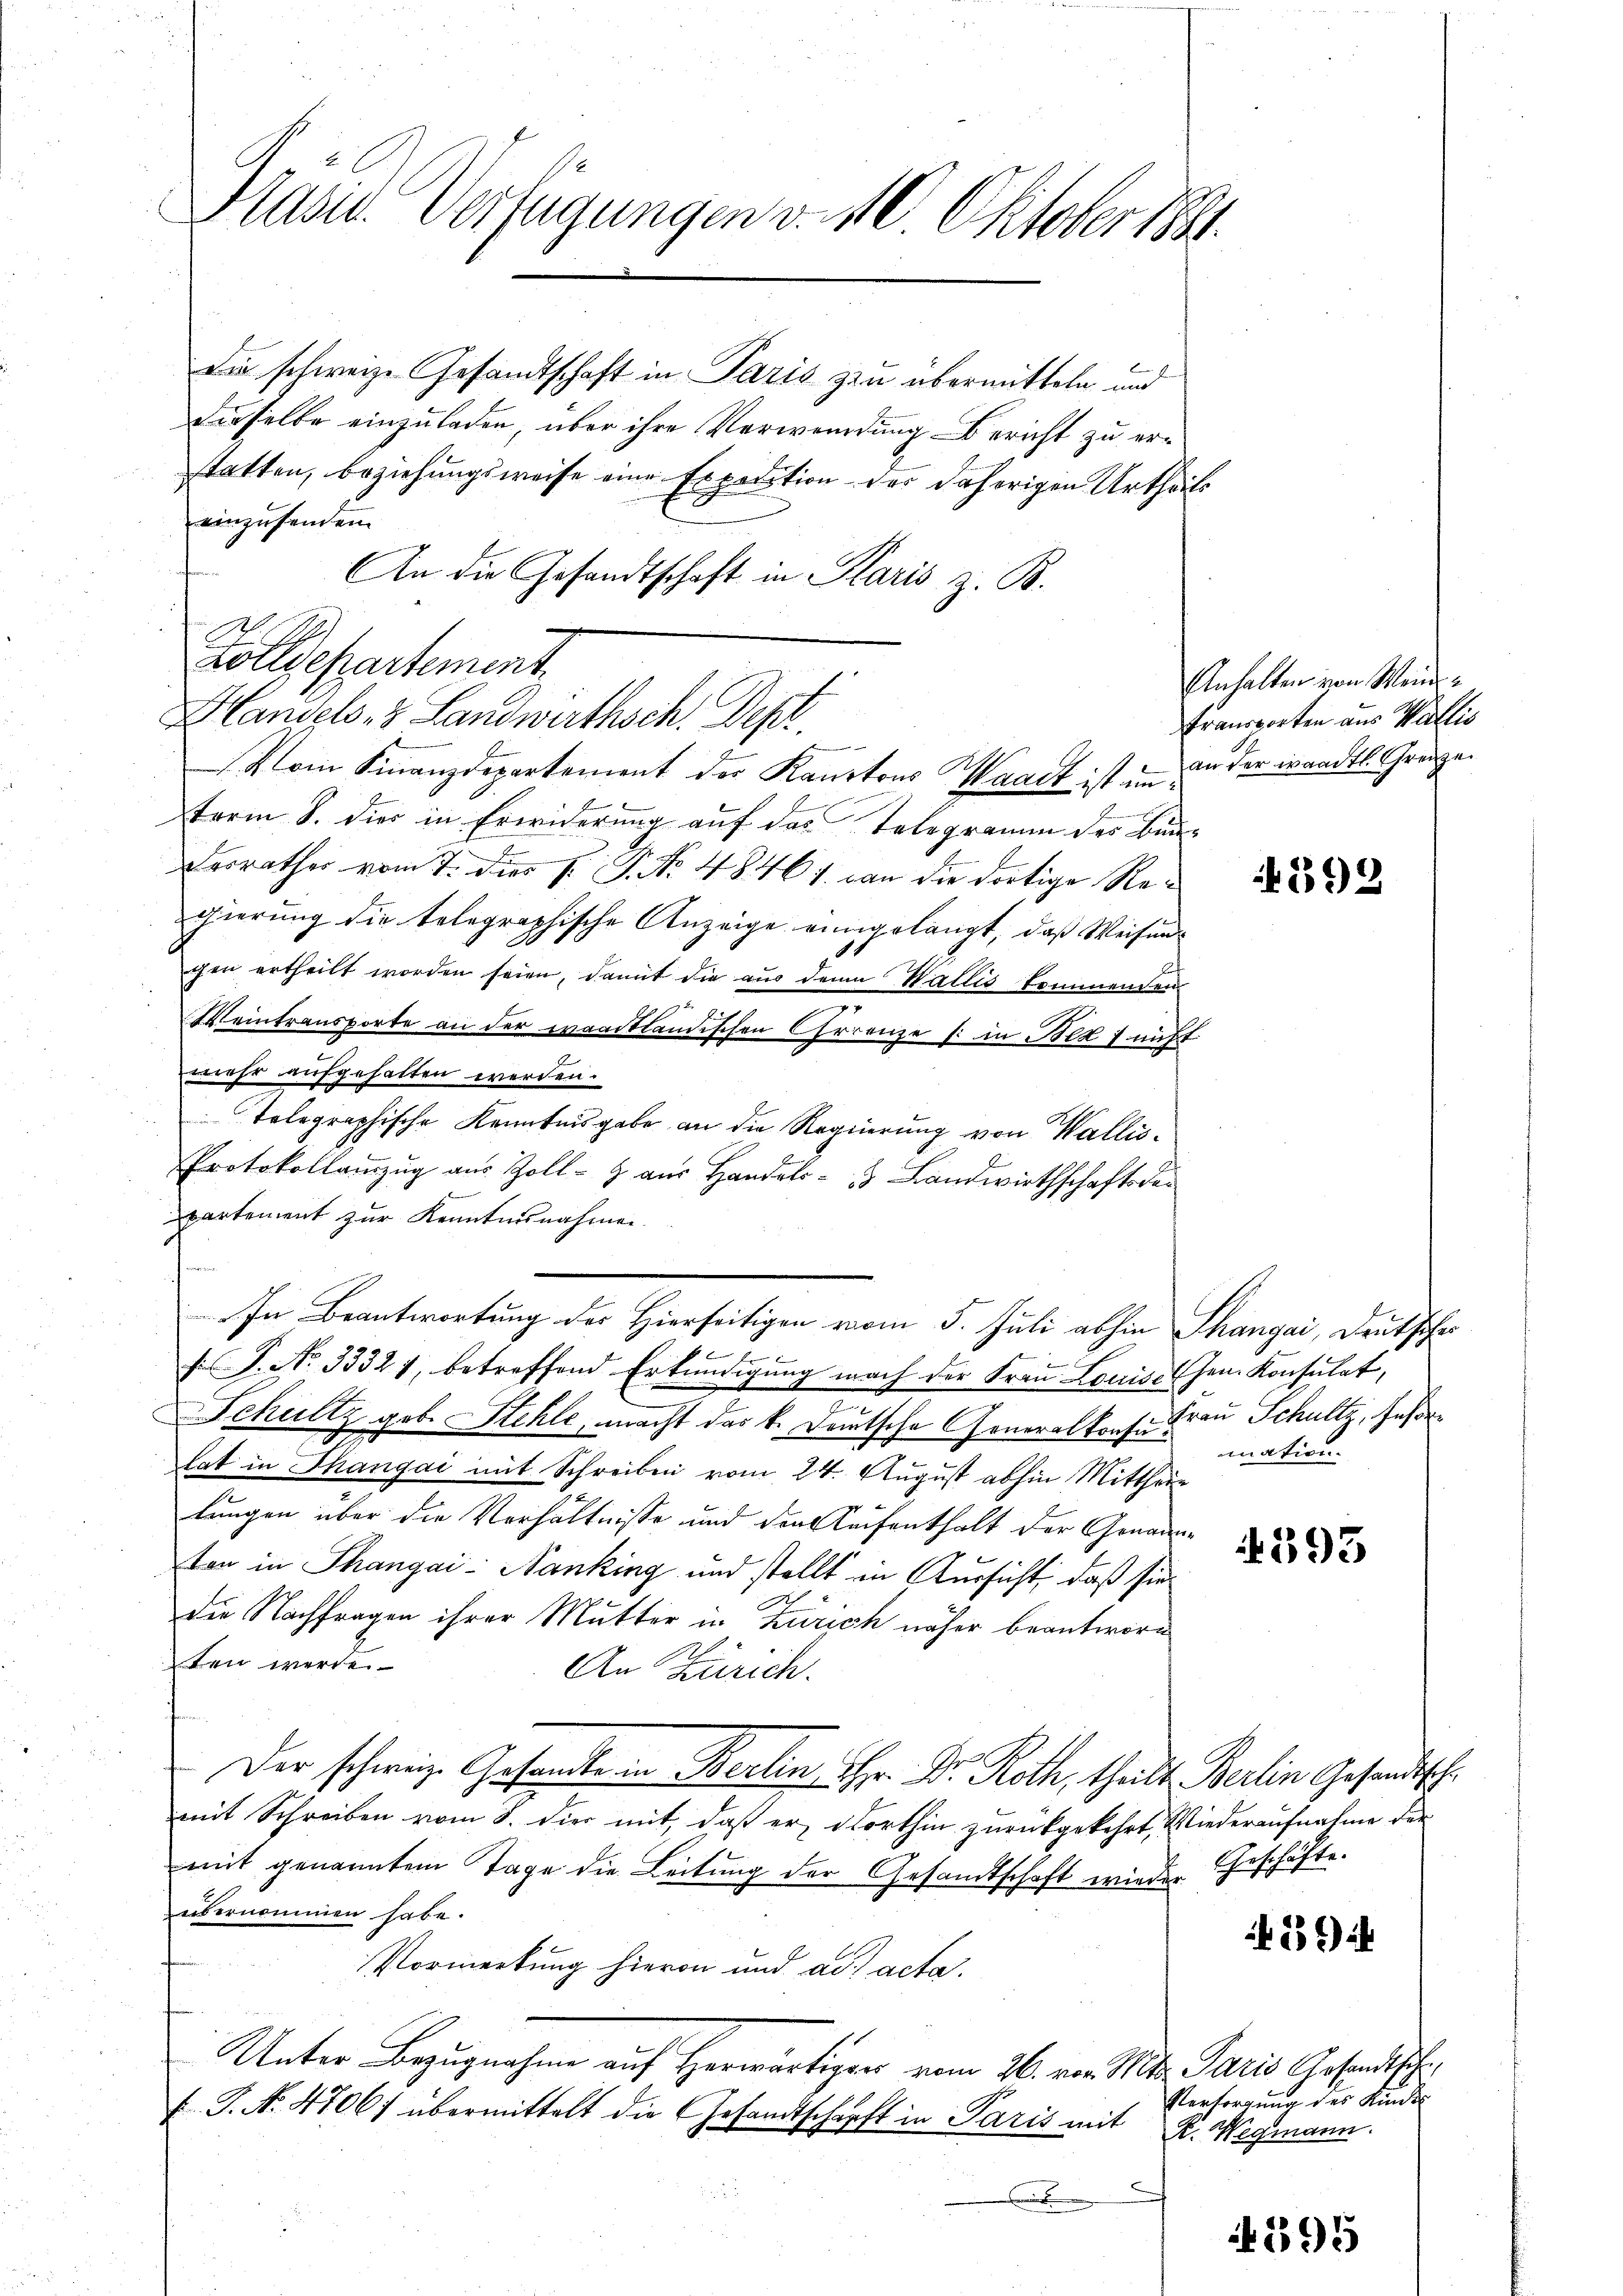
Präsid. Verfügungen v. 10 Oktober 1841.

Die schweize Gesandtschaft in Paris zu übermitteln und
dieselbe einzuladen, über ihre Verwendung Bericht zu erstatten, beziehungsweise eine Expedition des daherigen Urtheil
einzusenden.
An die Gesandtschaft in Paris z. B.
Handels- & Landwirthsch. Depe
term 8. dies in Erwiderung auf das Telegramm der Bun¬
Derrathes vom 7. dies P. P. No 48461. an die dortige Regierung die telegraphische Anzeige eingelangt, daß Weisenchen ertheilt worden seien, damit die aus denn Wallis kommenden
z
Weintransporte an der waadtländischen Correnze (: in Bett nicht
mehr aufgehalten werden.
Telegraphische Kenntnisgabe an die Regierung von Wallis¬
Protokollauszug aus Zoll- & aus Handels- & Landwirthschaftsdepartement zur Kenntnisnahmen.
24
In Beantwortung der Hierseitigen vom 5. Juli abhin Thangai, Deutscher
ke
s P. No 3332 1, betreffend Erkundigung nach der Frau Louise Gen. Konsulat,
.
Schultz geb. Stehle, macht das k. Deutsche Generalkonse Frau Schultz, Gese
lat in Thangai mit Schreiben vom 24. August abhin Mittheil
lungen über die Verhältnisse und der Reifenthalt der Genannten in Thangai-Nanking und stellt in Aussicht, daß sie
die Nachfragen ihrer Mutter in Zürich näher beantwor
ten werde.
An Zürich.
Der schweiz. Gesandte in Berlin, Hr. Dr. Roth, theilt Berlin Gesandtsch.
mit Schreiben vom 8. die mit, daß er dorthin zurückgekehrt, Wiederaufnahme der
mit genanntem Tage die Leitung der Gesandtschaft wieder Geschäfte.
übernommen habe.
Vormerkung hievon und ad acta.
Unter Bezugnahme auf Herwärtigen vom 26. von Wits. Paris Gesandtschi
F. J. No. 4706) übermittelt die Gesandtschärft in Paris mit

Zolldepartement

Vom Finanzdepartement der Kantons Waadt ist an an der waadtl. Grenze

Anhalten von Mein
transporten aus Wallis

592

mation.

4393

26)

Versorgung des Kinde
K. Wegmann.

1295